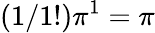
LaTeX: (1/1!)\pi^{1}=\pi